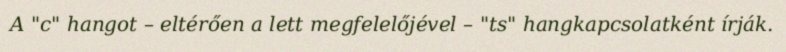
A "c" hangot – eltérően a lett megfelelőjével – "ts" hangkapcsolatként írják.